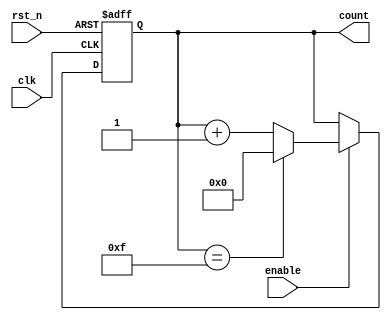
module async_counter #(
    parameter N = 4 // Number of bits for the counter (4 bits example)
)(
    input wire clk,          // Clock input
    input wire rst_n,       // Asynchronous reset (active low)
    input wire enable,       // Enable signal for counting
    output reg [N-1:0] count // Current count value
);

// Define the maximum value based on the number of bits
localparam MAX_COUNT = (1 << N) - 1; // 2^N - 1

// Asynchronous reset and counting logic
always @(posedge clk or negedge rst_n) begin
    if (!rst_n) begin
        // Reset the count to 0 when rst_n is low
        count <= 0;
    end else if (enable) begin
        // Increment the count, rolling over to 0 if max count is reached
        if (count == MAX_COUNT) begin
            count <= 0; // Roll over to 0
        end else begin
            count <= count + 1; // Increment count
        end
    end
end

endmodule